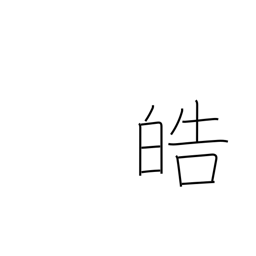
Meaning: white